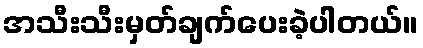
အသီးသီးမှတ်ချက်ပေးခဲ့ပါတယ်။